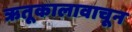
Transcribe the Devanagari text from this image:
ऋतूकालावाचून